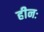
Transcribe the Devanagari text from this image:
हीनः